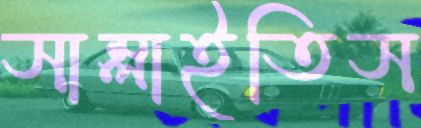
সাম্‌লাইতিস